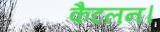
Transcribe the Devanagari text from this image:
कैटलन।